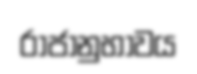
රාජානුභාවය